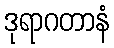
ဒုရာဂတာနံ